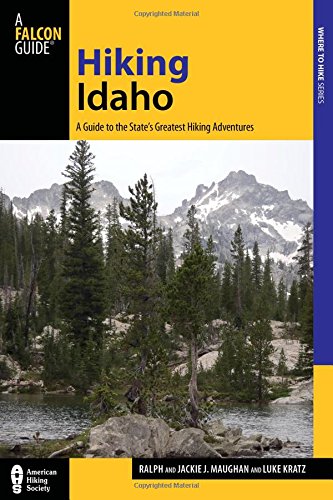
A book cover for Hiking Idaho: A Guide To The State's Greatest Hiking Adventures (State Hiking Guides Series); Luke Kratz; Sports & Outdoors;